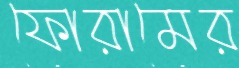
ফোরামের